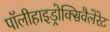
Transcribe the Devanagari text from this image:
पॉलीहाइड्रोक्सिवैलेरेट